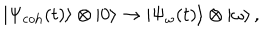
LaTeX: | \Psi _ { \mathrm { c o h } } ( t ) \rangle \otimes | 0 \rangle \rightarrow | \Psi _ { \omega } ( t ) \rangle \otimes | \omega \rangle \, ,